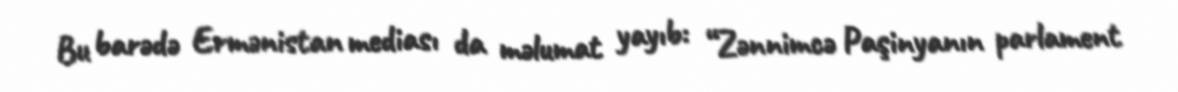
Bu barədə Ermənistan mediası da məlumat yayıb: “Zənnimcə Paşinyanın parlament